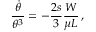
\frac { \dot { \theta } } { \theta ^ { 3 } } = - \frac { 2 s } { 3 } \frac { W } { \mu L } \, ,